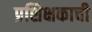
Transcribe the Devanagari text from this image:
प्रशिक्षकाची